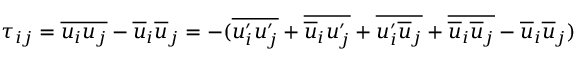
\tau _ { i j } = \overline { { u _ { i } u _ { j } } } - \overline { { u } } _ { i } \overline { { u } } _ { j } = - ( \overline { { u _ { i } ^ { \prime } u _ { j } ^ { \prime } } } + \overline { { \overline { { u } } _ { i } u _ { j } ^ { \prime } } } + \overline { { u _ { i } ^ { \prime } \overline { { u } } _ { j } } } + \overline { { \overline { { u } } _ { i } \overline { { u } } _ { j } } } - \overline { { u } } _ { i } \overline { { u } } _ { j } )